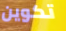
تكوين